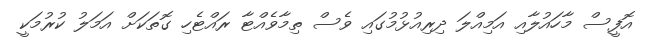
އޮފީސް މާހައުލާއި އަމިއްލަ ދިރިއުޅުމުގައި ވެސް ތިމާވެއްޓާ ރައްޓެހި ގޮތަކަށް އަމަލު ކުރުމަކީ